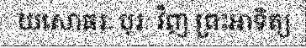
យសោធរៈ បុរៈ វិញ ព្រះអាទិត្យ